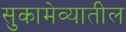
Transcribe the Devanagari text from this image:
सुकामेव्यातील